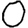
Digit: 0